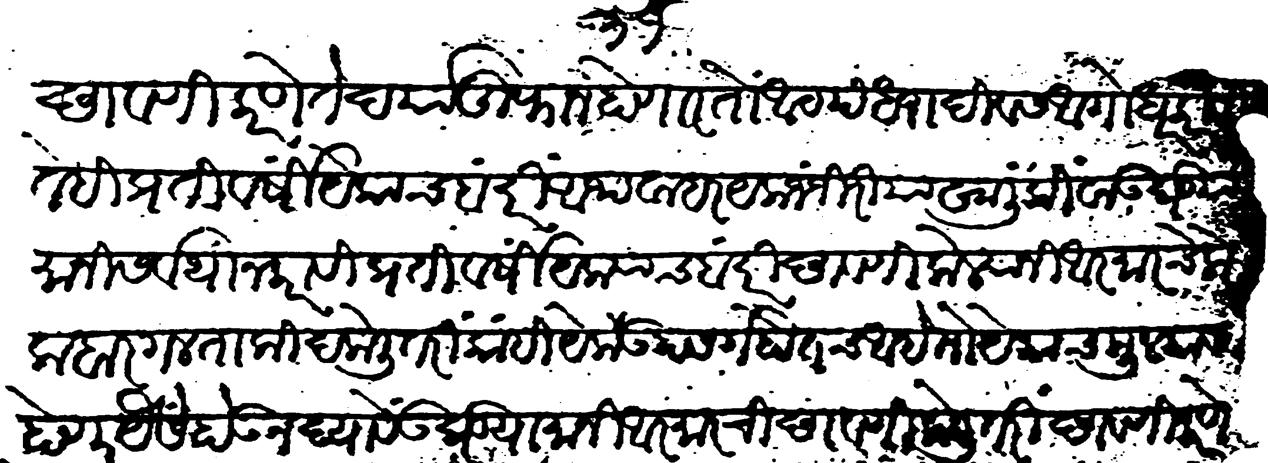
Transliteration (Devanagari): छावणी करणें ते दर्या तुफान होणार तो आठपंधरा दिवस अगोधर करावी ते हि प्रतिवर्षी येकाच बंदरीं अथवा हरयक जंजिरियाखाली किंवा उघड्या मानीं सर्वथा न करावी प्रतिवर्षी येक्याच बंदरीं छावणी केल्याने आरमारचे लोक बारगल ताकीद केली तरी काही येक मुलकास उपसर्ग होतच आहे तो येकाच मुलकास होणार यैसें होऊ न द्यावे उघड्या मानीं आरमाराची छावणी केली तरी छावणी करणें